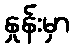
နှုန်းမှာ